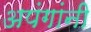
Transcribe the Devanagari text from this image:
अपंगांनी